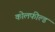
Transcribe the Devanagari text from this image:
काेलफील्ड